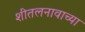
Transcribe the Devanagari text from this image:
शीतलनावाच्या